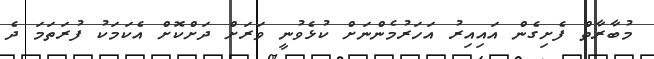
މުބާރާތް ފެށިގެން އައިއިރު އަހަރުމެންނަށް ކުޅެވުނީ ވަރަށް ދަށްކޮށް އެކަމަކު ފުރަތަމަ ދެ